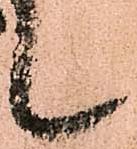
候